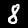
Digit: 8